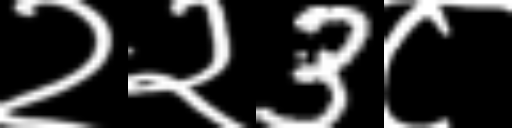
Text: २२3८